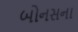
બોનસના